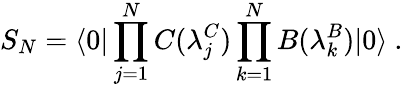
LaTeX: {S}_{N}={\langle 0|\prod_{j=1}^{N}C(\lambda_{j}^{C})\prod_{k=1}^{N}B(\lambda_{k}^{B})|0\rangle}\ .